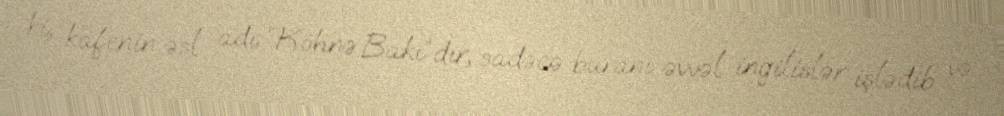
ki, kafenin əsl adı “Köhnə Bakı”dır, sadəcə buranı əvvəl ingilislər işlədib və